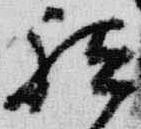
祇